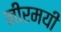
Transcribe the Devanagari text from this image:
नीरमयी